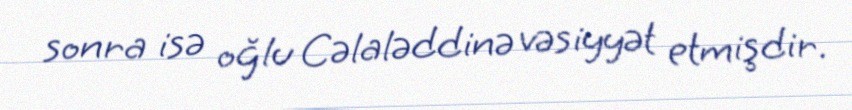
sonra isə oğlu Cəlaləddinə vəsiyyət etmişdir.